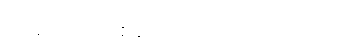
ဝင်ပေါက် တစ်ပေါက်တည်း ထား တယ်။